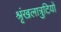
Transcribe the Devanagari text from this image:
श्रृंखलात्रुटियों